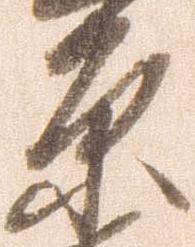
原